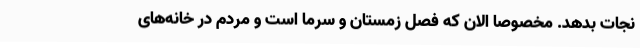
نجات بدهد. مخصوصا الان که فصل زمستان و سرما است و مردم در خانه‌های